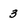
Character: 3